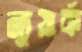
ন্যুয়ার্ক